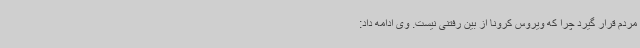
مردم قرار گیرد چرا که ویروس کرونا از بین رفتنی نیست. وی ادامه داد: